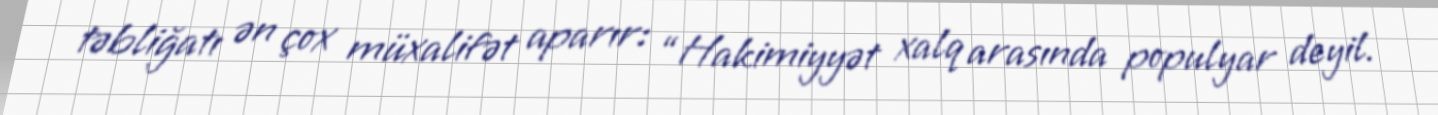
təbliğatı ən çox müxalifət aparır: “Hakimiyyət xalq arasında populyar deyil.